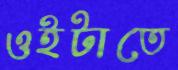
ওইটাতে